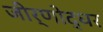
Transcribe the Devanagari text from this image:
जीर्णोद्धर